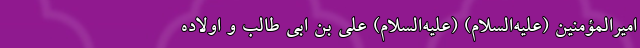
امیرالمؤمنین (علیه‌السلام) (علیه‌السلام) علی بن ابی طالب و اولاده